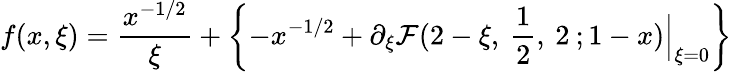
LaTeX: f(x,\xi)=\frac{x^{-1/2}}{\xi}+\left\{ -x^{-1/2}+\partial_{\xi}{\cal F}(2-\xi,\: \frac{1}{2},\: 2\: ;1-x)\Big|_{\xi=0}\right\}